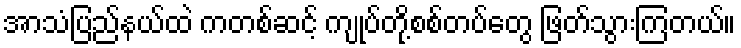
အာသံပြည်နယ်ထဲ ကတစ်ဆင့် ကျုပ်တို့စစ်တပ်တွေ ဖြတ်သွားကြတယ်။